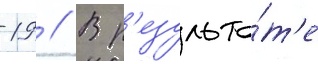
-19 // В р'езульта́т'е